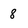
Character: 8